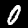
Label: 0